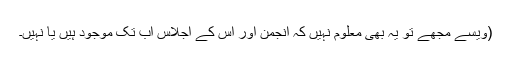
(ویسے مجھے تو یہ بھی معلوم نہیں کہ انجمن اور اس کے اجلاس اب تک موجود ہیں یا نہیں۔